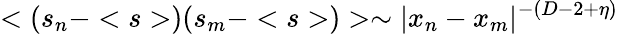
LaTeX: <(s_{n}-
)(s_{m}-
)>\sim|x_{n}-x_{m}|^{-(D-2+\eta)}